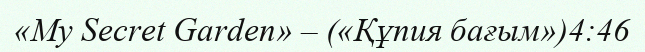
«My Secret Garden» – («Құпия бағым»)4:46